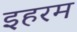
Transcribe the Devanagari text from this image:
इहरम